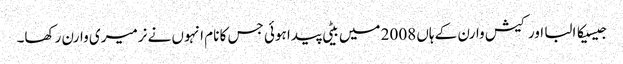
جیسیکا البا اور کیش وارن کے ہاں 2008 میں بیٹی پیدا ہوئی جس کا نام انہوں نے نرمیری وارن رکھا۔